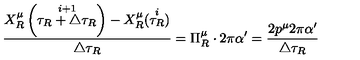
\frac { X _ { R } ^ { \mu } \left( \stackrel { i + 1 } { \tau _ { R } + \triangle \tau _ { R } } \right) - X _ { R } ^ { \mu } ( \stackrel { i } { \tau _ { R } } ) } { \triangle \tau _ { R } } = \Pi _ { R } ^ { \mu } \cdot 2 \pi \alpha ^ { \prime } = \frac { 2 p ^ { \mu } 2 \pi \alpha ^ { \prime } } { \triangle \tau _ { R } }